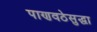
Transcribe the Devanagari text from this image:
पाणवठेसुद्धा